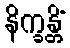
နိက္ခန္တိံ